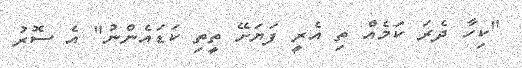
"ކިހާ ދެރަ ކަމެއް ތި އެރީ ފަޔަށޭ ތީތި ކަޑައެންނު" އެ ސޮރު